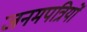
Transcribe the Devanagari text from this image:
जनमपत्रियों